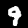
Digit: 9